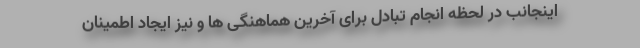
اینجانب در لحظه انجام تبادل برای آخرین هماهنگی ها و نیز ایجاد اطمینان